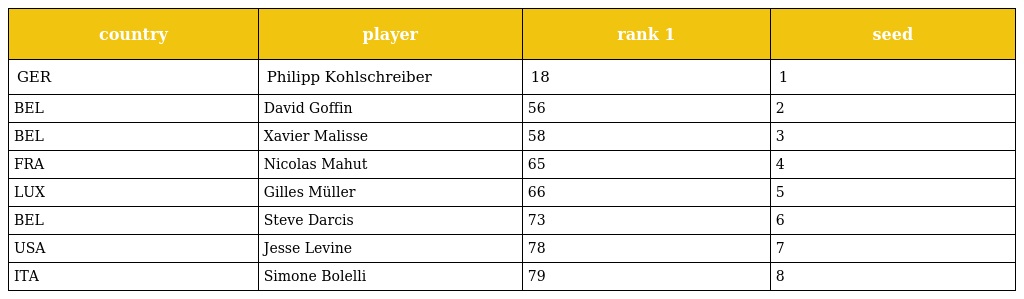
| country | player | rank 1 | seed |
 | --- | --- | --- | --- |
 | GER | Philipp Kohlschreiber | 18 | 1 |
 | BEL | David Goffin | 56 | 2 |
 | BEL | Xavier Malisse | 58 | 3 |
 | FRA | Nicolas Mahut | 65 | 4 |
 | LUX | Gilles Müller | 66 | 5 |
 | BEL | Steve Darcis | 73 | 6 |
 | USA | Jesse Levine | 78 | 7 |
 | ITA | Simone Bolelli | 79 | 8 |